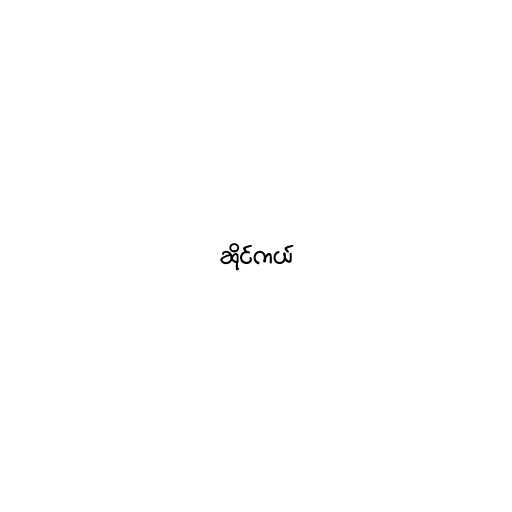
ဆိုင်ကယ်